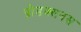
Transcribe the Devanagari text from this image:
प्रोडक्सनस